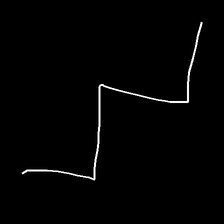
Glyph: crush